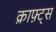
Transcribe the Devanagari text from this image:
क्राफ़्ट्स